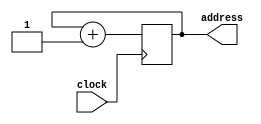
module pc_counter (
	input clock,
	output [31:0] address
);

reg [31:0] counter;

initial 
	begin
		counter = 32'b00000000000000000000000000000000;
	end

always @(negedge clock) begin
	counter = counter + 32'b0000000000000000000000000000001;
end

assign address = counter;

endmodule